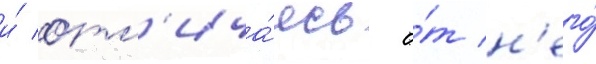
и́ отл'ича́ясь о́т н'его́